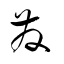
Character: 発